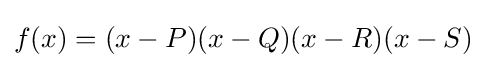
f(x)=(x-P)(x-Q)(x-R)(x-S)